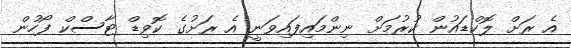
އެ ރަށް ލޮކްޑައުން ކުރުމަށް ނިންމައިފައިވަނީ އެ ރަށުގެ ކޮވިޑް ޓާސްކް ފޯހުން